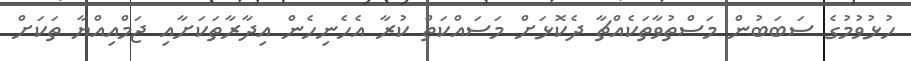
ހުޅުވުމުގެ ސަބަބުން މަސްތުވާތަކެއްޗާ ދެކޮޅަށް މަސައްކަތް ކުރާ އެެހެނިހެން އިދާރާތަކަށާއި ޖަމްއިއްޔާ ތަކަށް